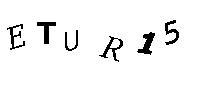
ETUR15